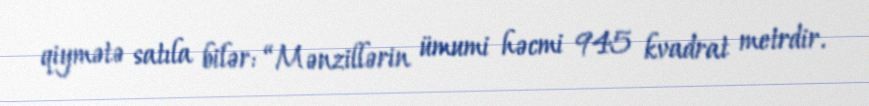
qiymətə satıla bilər: “Mənzillərin ümumi həcmi 945 kvadrat metrdir.